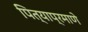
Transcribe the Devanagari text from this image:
पित्याप्रमाणे